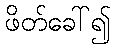
ဖိတ်ခေါ်၍